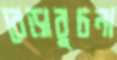
বেড়াবুচনা